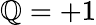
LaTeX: \mathbb{Q}=+1